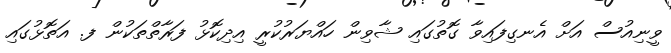
ވީނިއުސް އަށް އެނގިފައިވާ ގޮތުގައި ޝާވިން ހައްޔަރުކުރީ އިދިކޮޅު ފަރާތްތަކުން ފ. އަތޮޅުގައި